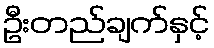
ဦးတည်ချက်နှင့်